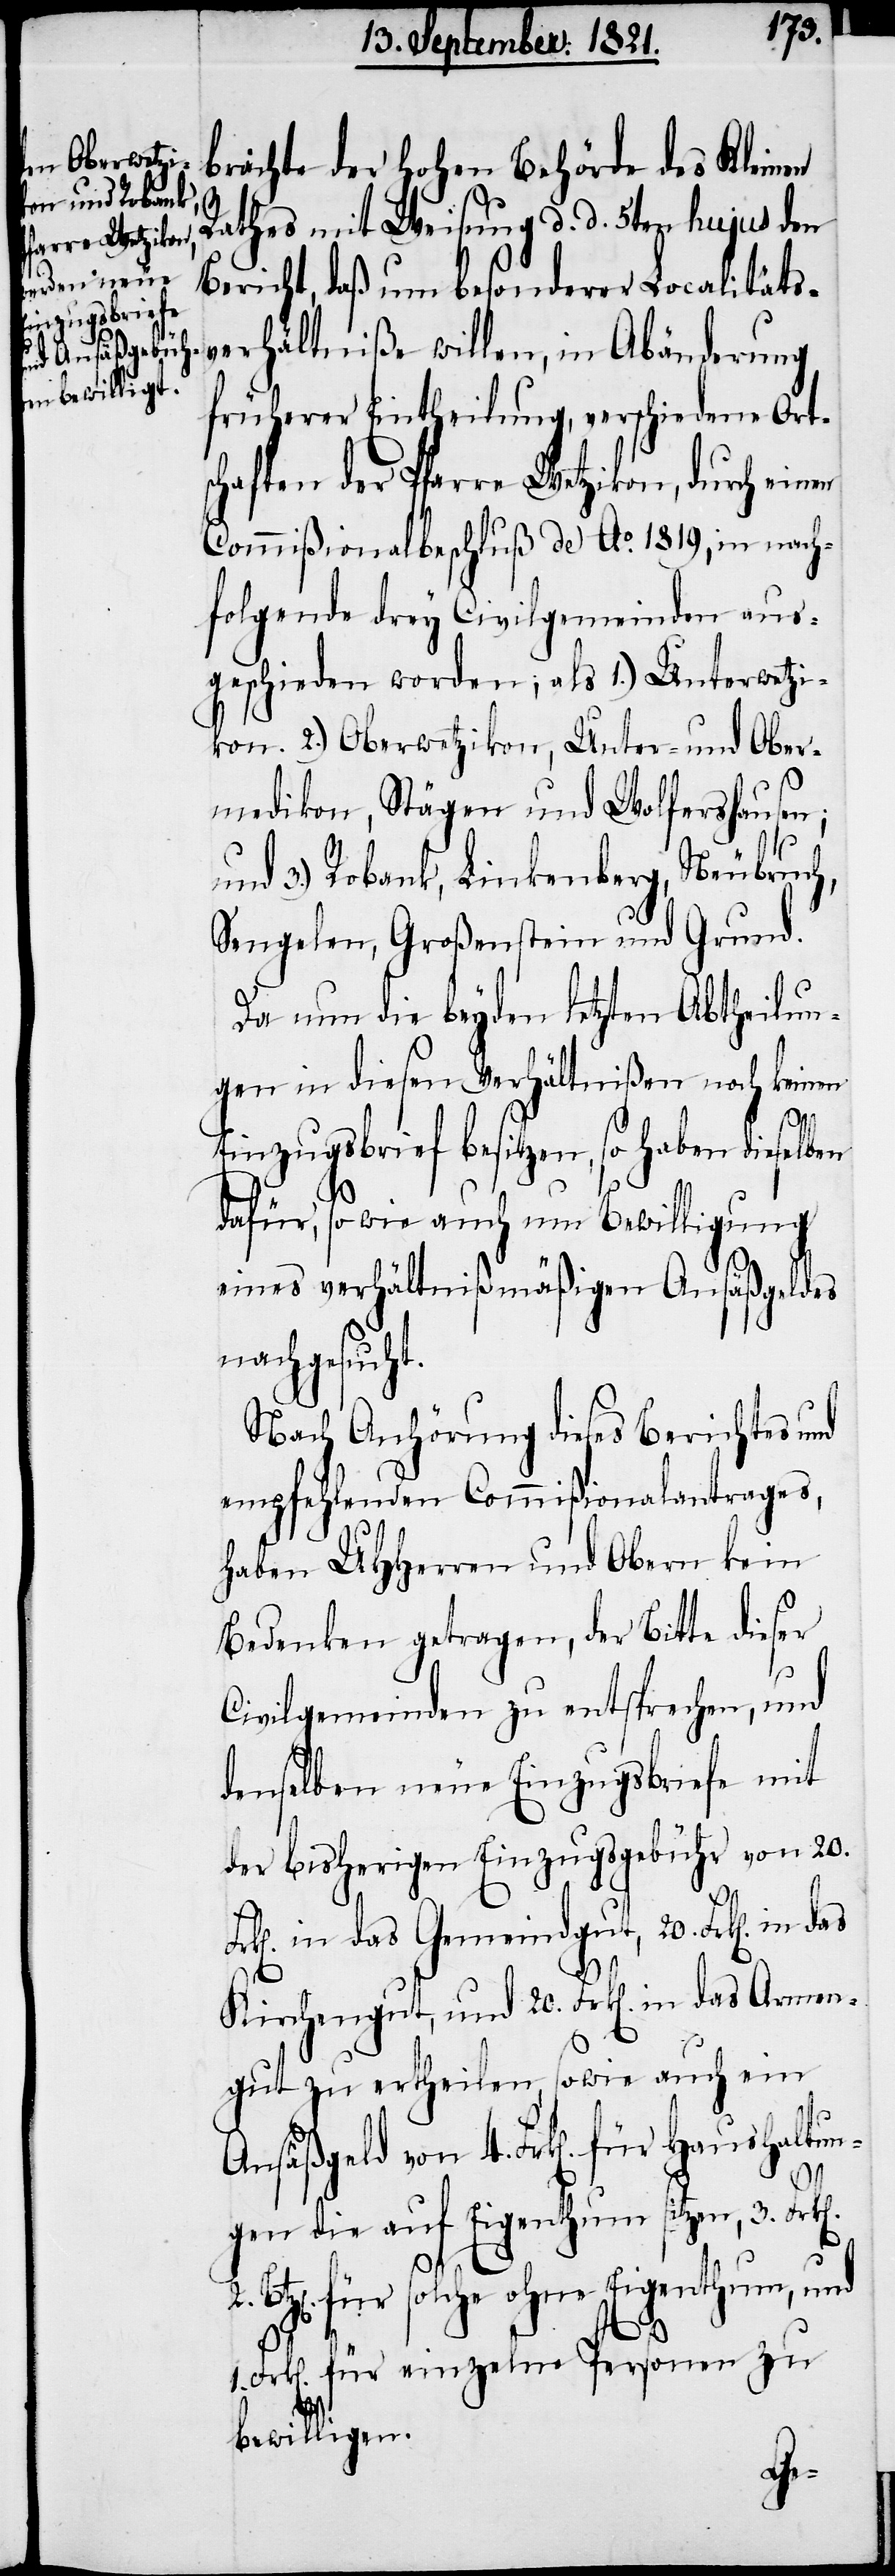
für Haushaltun¬

brachte der hohen Behörde des Kleinen
Rathes mit Weisung d. d. 5ten hujus den
Bericht, daß um besonderer Localitäts¬
verhältniße willen, in Abänderung
früherer Eintheilung, verschiedene Ort¬
schaften der Pfarre Wetzikon, durch einen
Commißionalbeschluß de Ao. 1819, in nach¬
folgende drey Civilgemeinden aus¬
geschieden worden; als 1.) Unterwetzi¬
kon. 2.) Oberwetzikon, Unter- und Ober¬
medikon, Stägen und Wolfershausen;
und 3.) Robank, Linkenberg, Neubruch,
Sengelen, Großenstein und Grund.
Da nun die beyden letzten Abtheilun¬
gen in diesen Verhältnißen noch keinen
Einzugsbrief besitzen, so haben dieselben
dafür, sowie auch um Bewilligung
eines verhältnißmäßigen Ansäßgeldes
nachgesucht.
Nach Anhörung dieses Berichtes und
empfehlenden Commißionalantrages,
haben UHHerren und Obern kein
Bedenken getragen, der Bitte dieser
Civilgemeinden zu entsprechen, und
denselben neue Einzugsbriefe mit
der bisherigen Einzugsgebühr von 20.
k[en]. in das Gemeindgut, 20. Frk[en]. in
Kirchengut, und 20. Frk[en]. in das Armen¬
gut zu ertheilen, sowie auch ein
gen die auf Eigenthum, 3. Frk[en].
für solche ohne Eigenthum, und
4.
1. Frk[en]. für einzelne Personen zu
bewilligen.
Fr¬